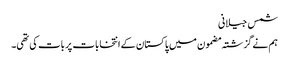
شمس جیلانی
ہم نے گزشتہ مضمون میں پاکستان کے انتخابات پر بات کی تھی۔